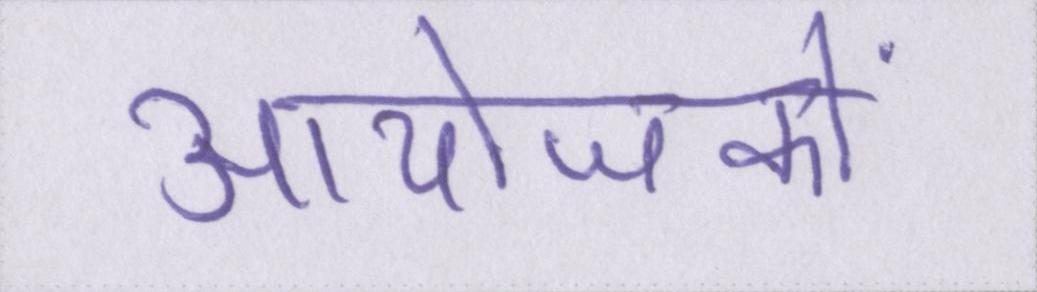
आयोजकों